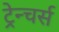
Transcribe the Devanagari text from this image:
ट्रेन्चर्स